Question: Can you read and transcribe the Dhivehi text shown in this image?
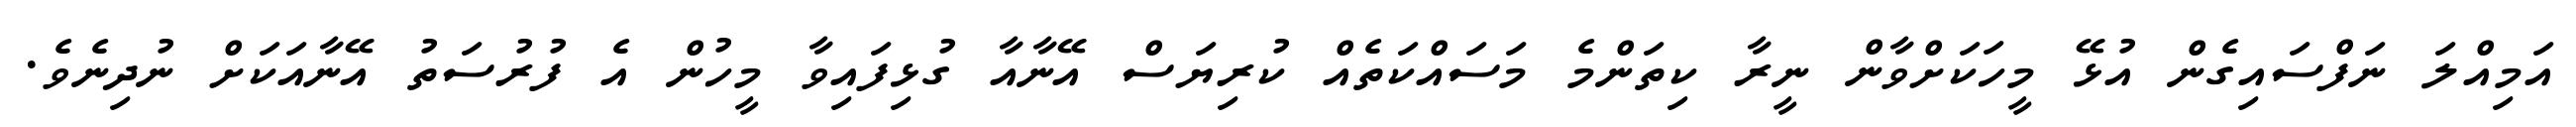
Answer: އަމިއްލަ ނަފްސައިގެން އުޅޭ މީހަކަށްވާން ނީރާ ކިތަންމެ މަސައްކަތެއް ކުރިޔަސް އޭނާއާ ގުޅިފައިވާ މީހުން އެ ފުރުސަތު އޭނާއަކަށް ނުދިނެވެ.